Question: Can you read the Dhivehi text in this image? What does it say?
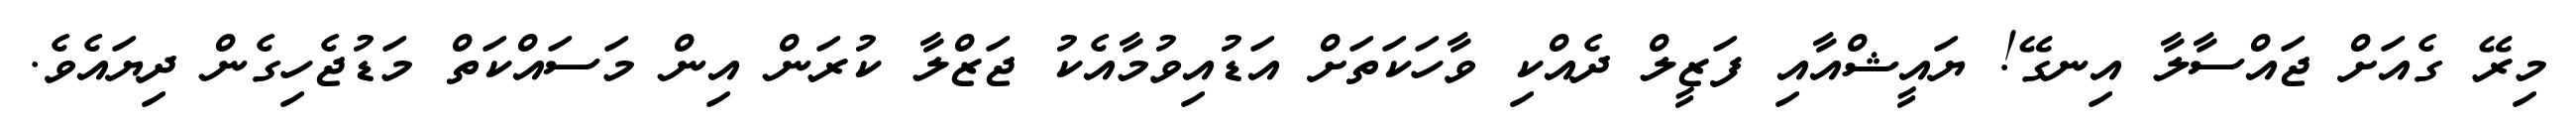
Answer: މިރޭ ގެއަށް ޖައްސާލާ އިނގޭ! ޔައީޝްއާއި ފަޒީލް ދެއްކި ވާހަކަތަށް އަޑުއިވުމާއެކު ޖަޒްލާ ކުރަން އިން މަސައްކަތް މަޑުޖެހިގެން ދިޔައެވެ.